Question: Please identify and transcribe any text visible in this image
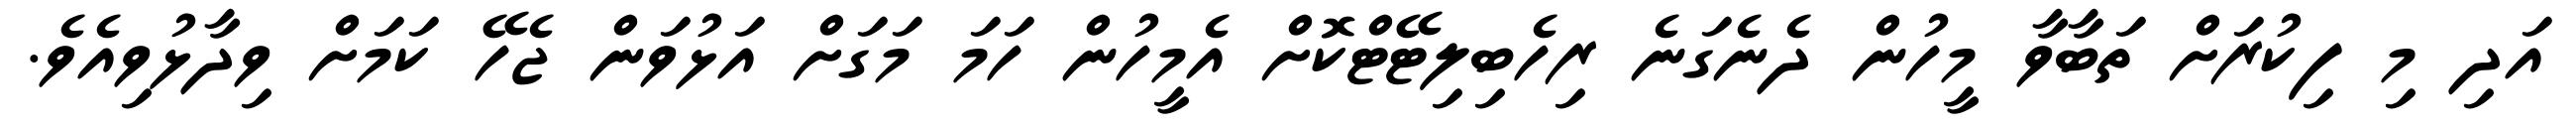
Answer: އަދި މި ފިކުރަށް ތަބާވާ މީހުން ދެނެގަނެ ރިހެބިލިޓޭޓްކޮށް އެމީހުން ހަމަ މަގަށް އަޅުވަން ޖެހޭ ކަމަށް ވިދާޅުވިއެވެ.